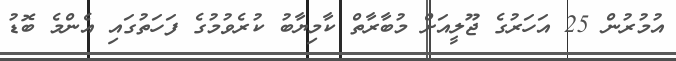
އުމުރުން 25 އަހަރުގެ ޖޫލީއަށް މުބާރާތް ކާމިޔާބު ކުރެވުމުގެ ފަހަތުގައި އެންމެ ބޮޑު